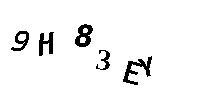
9H83EY